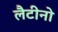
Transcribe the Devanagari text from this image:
लैटीनो